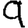
Digit: 9